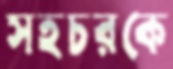
সহচরকে